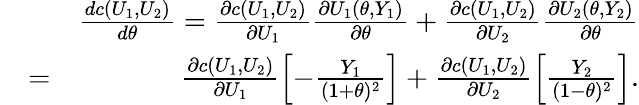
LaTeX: \begin{array}{rlr}&{}&{\frac{dc(U_{1},U_{2})}{d\theta}=\frac{\partial c(U_{1},U_{2})}{\partial U_{1}}\frac{\partial U_{1}(\theta,Y_{1})}{\partial\theta}+\frac{\partial c(U_{1},U_{2})}{\partial U_{2}}\frac{\partial U_{2}(\theta,Y_{2})}{\partial\theta}}\\ &{=}&{\frac{\partial c(U_{1},U_{2})}{\partial U_{1}}\left[-\frac{Y_{1}}{(1+\theta)^{2}}\right]+\frac{\partial c(U_{1},U_{2})}{\partial U_{2}}\left[\frac{Y_{2}}{(1-\theta)^{2}}\right].}\end{array}